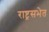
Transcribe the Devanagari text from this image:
राष्ट्रसभेत